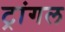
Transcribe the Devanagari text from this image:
ट्रांगल